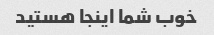
خوب شما اینجا هستید